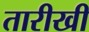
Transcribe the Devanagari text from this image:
तारीखी